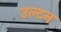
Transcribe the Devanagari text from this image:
उल्टन